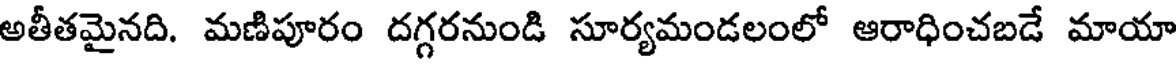
అతీతమైనది. మణిపూరం దగ్గరనుండి సూర్యమండలంలో ఆరాధించబడే మాయా